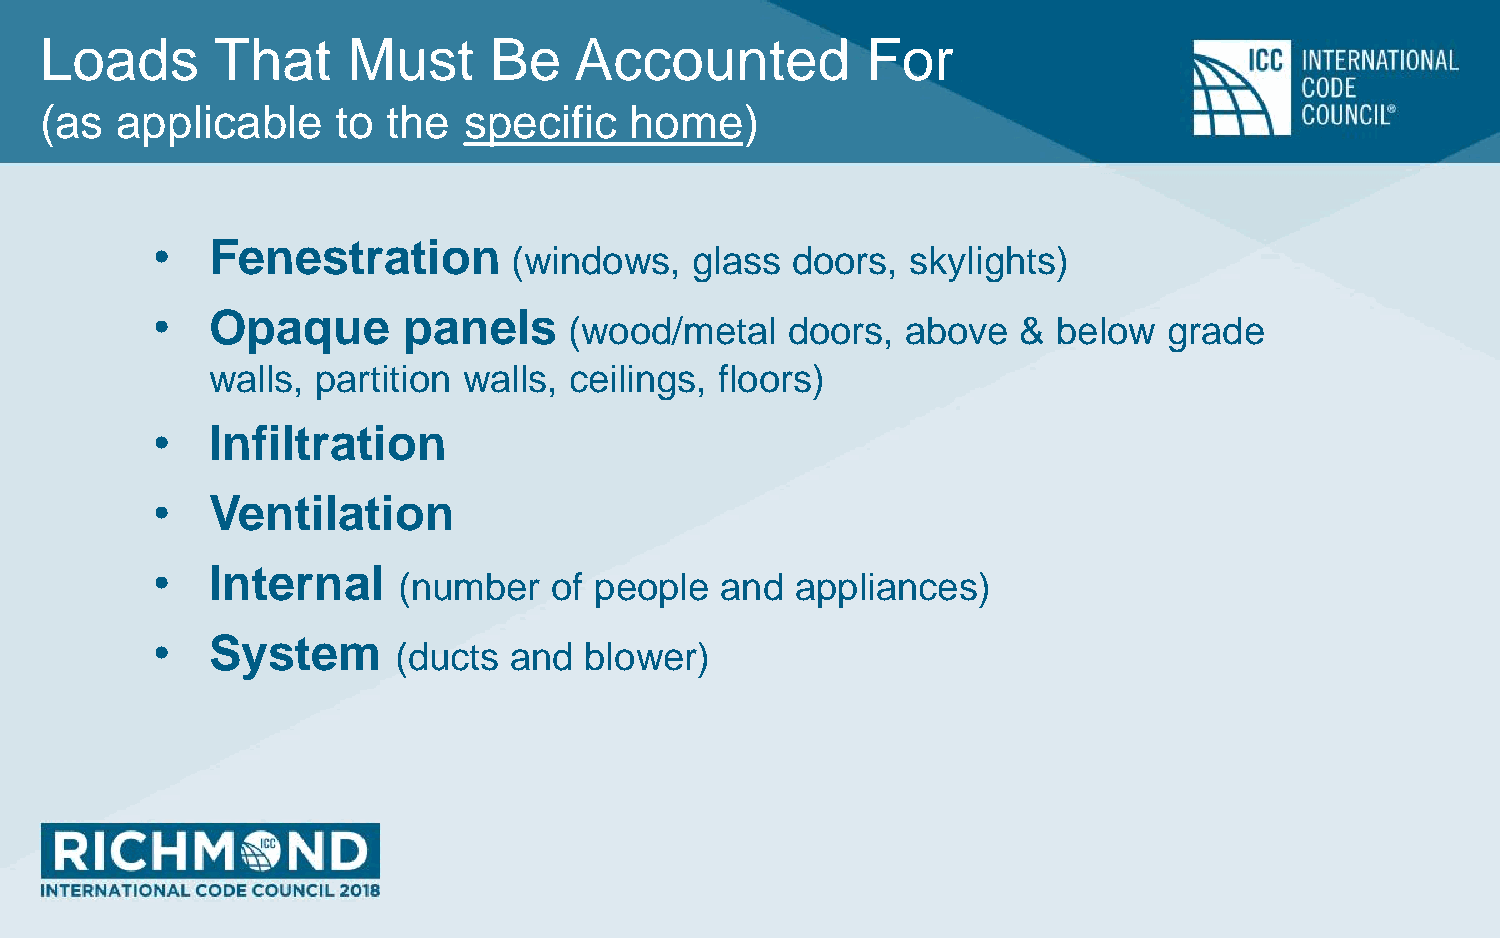
Loads      That     Must     Be    Accounted          For
 (as  applicable    to  the  specific   home)
 •   Fenestration
 (windows,   glass doors,  skylights)
 •   Opaque       panels
 (wood/metal   doors,  above   & below  grade
 walls, partition walls, ceilings, floors)
 •   Infiltration
 •   Ventilation
 •   Internal
 (number    of people  and  appliances)
 •   System
 (ducts  and  blower)